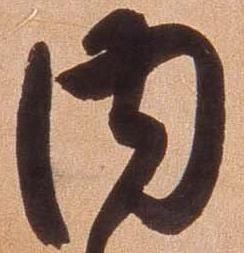
内